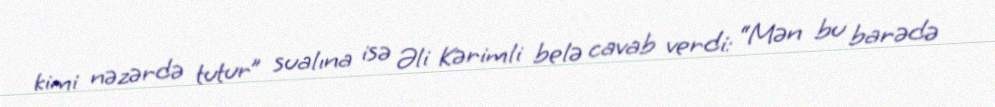
kimi nəzərdə tutur” sualına isə Əli Kərimli belə cavab verdi: “Mən bu barədə